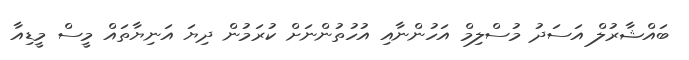
ބައްޝާރުލް އަސަދު މުސްލިމް އަހުންނާއި އުހުތުންނަށް ކުރަމުން ދިޔަ އަނިޔާތައް މީސް މީޑިއާ